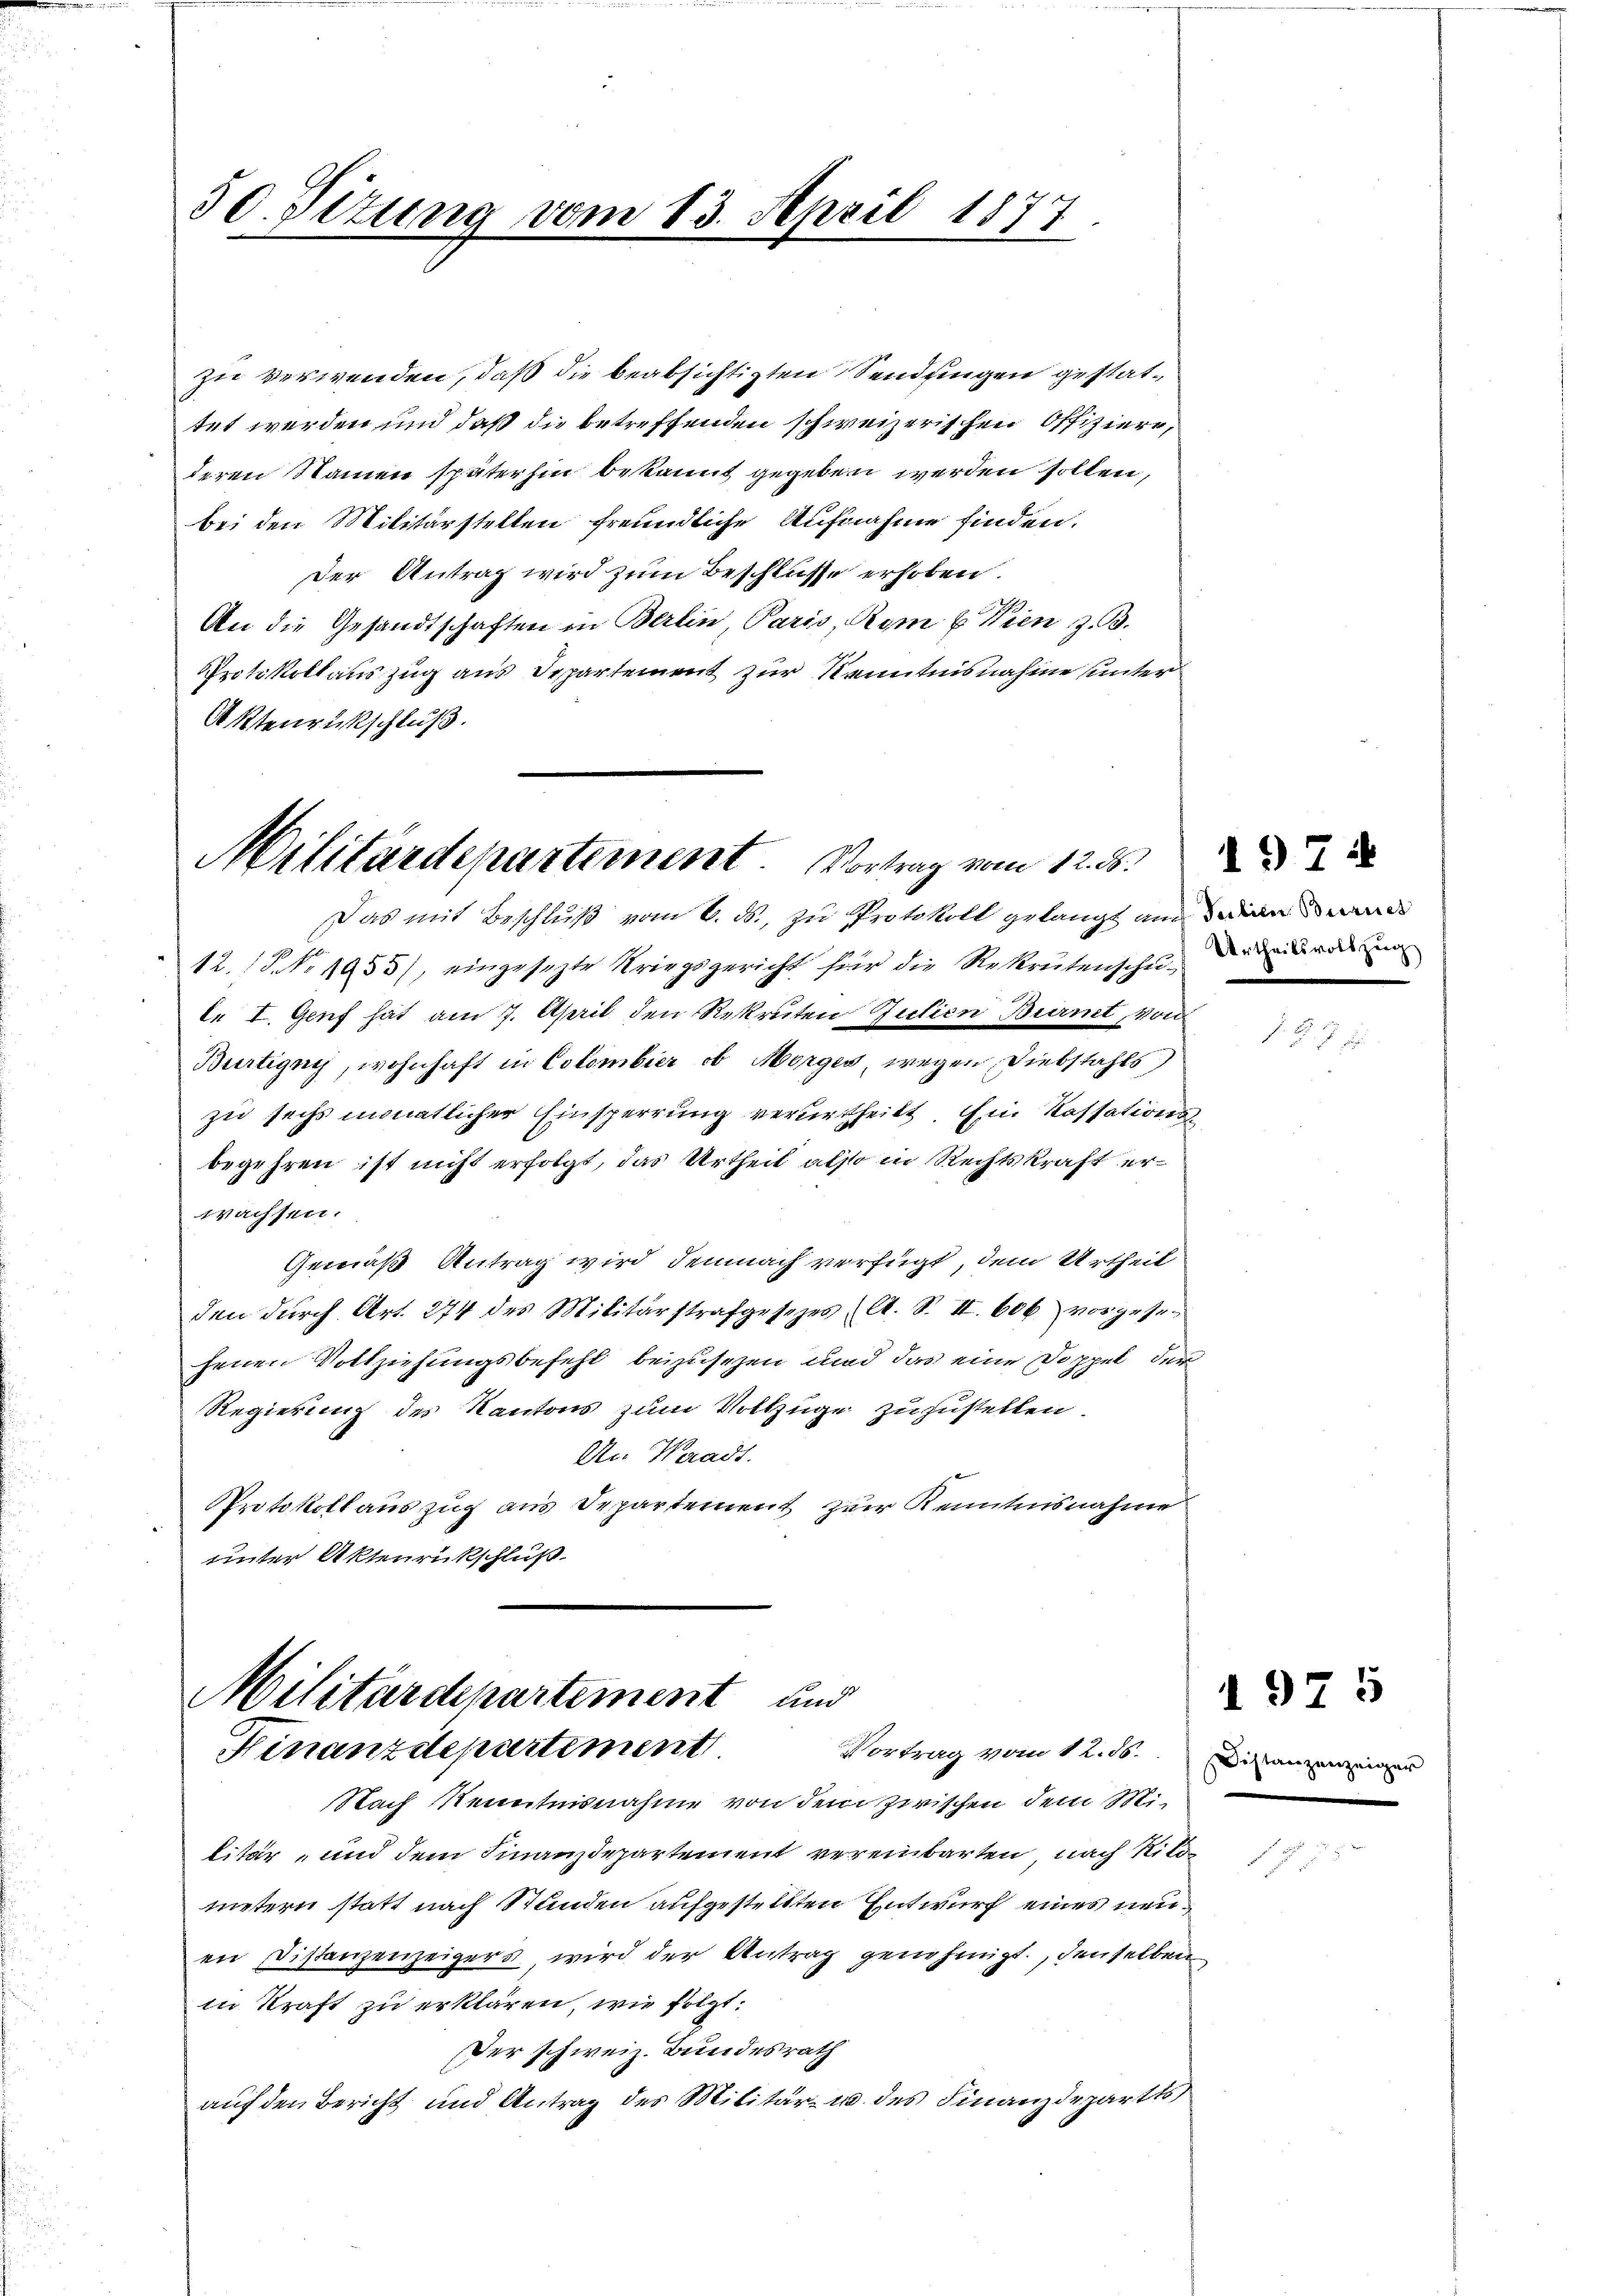
50. Situng vom 13. April 1877.

zu verwenden, daß die beabsichtigten Sendungen gestattet werden und daß die betreffenden schweizerischen Offiziere,
deren Namen späterhin bekannt gegeben werden sollen,
bei den Militärstellen freundliche Aufnahme finden.
Der Antrag wird zum Beschlüsse erhoben.
An die Gesandtschaften in Berlin, Paris, Rom u. Wien z. B.
Protokoll auszug aus Departement zur Kenntnisnahme unter
Aktenrückschluß.

Militärdepartement. Vortrag vom 12. ds.

Militärdepartement und
Finanzitepartement
Vortrag vom 12. ds. Die

Das mit Beschluß vom 6. ds., zu Protokoll gelangt an eine
12. 1. No. 1955), eingesezte Kriegsgericht für die Rekrutenschei- der einenden
l. I. Genf hat am 7. April den Rekruten Zutien Birmt, von
Bürtigny, wohnhaft in Colombier ob Morger, wegen Diebstahls
zu sechs monatlicher Einsperrung verurtheilt. Ein Kassationsbegehren ist nicht erfolgt, das Urtheil also in Rechtskraft erwachsen.
Gemäß Antrag wird demnach verfügt, dem Urtheil
den durch Art. 274 des Militärstrafgesezes (lt. S. II. 606 vorgese
henen Vollziehungsbefehl beizusetzen und das eine Doppel der
Regierung des Kantons zum Vollzüge zuzustellen.
An Waadt.
Protokollauszug aus Departement zur Kenntnisnahme
unter Aktenrückschluß

Nach Kenntnisnahme von dem zwischen dem Militär- und dem Finanzdepartement vereinbarten, nach Kilometern statt nach Stunden aufgestellten Entwurf eines neuen Distanzenzeigers, wird der Antrag genehmigt, denselben
in Kraft zu erklären, wie folgt:
Der schweiz. Bundesrath
aŭf den Bericht und Antrag des Militär- u. des Finanzdepartes

1974

1975

zenzeiger